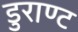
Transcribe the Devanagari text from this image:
डुराण्ट